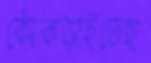
কোঁকড়াইতেছ